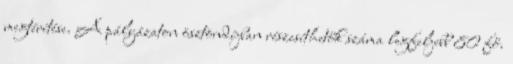
megtérítése. A pályázaton ösztöndíjban részesíthetők száma legfeljebb 80 fő.